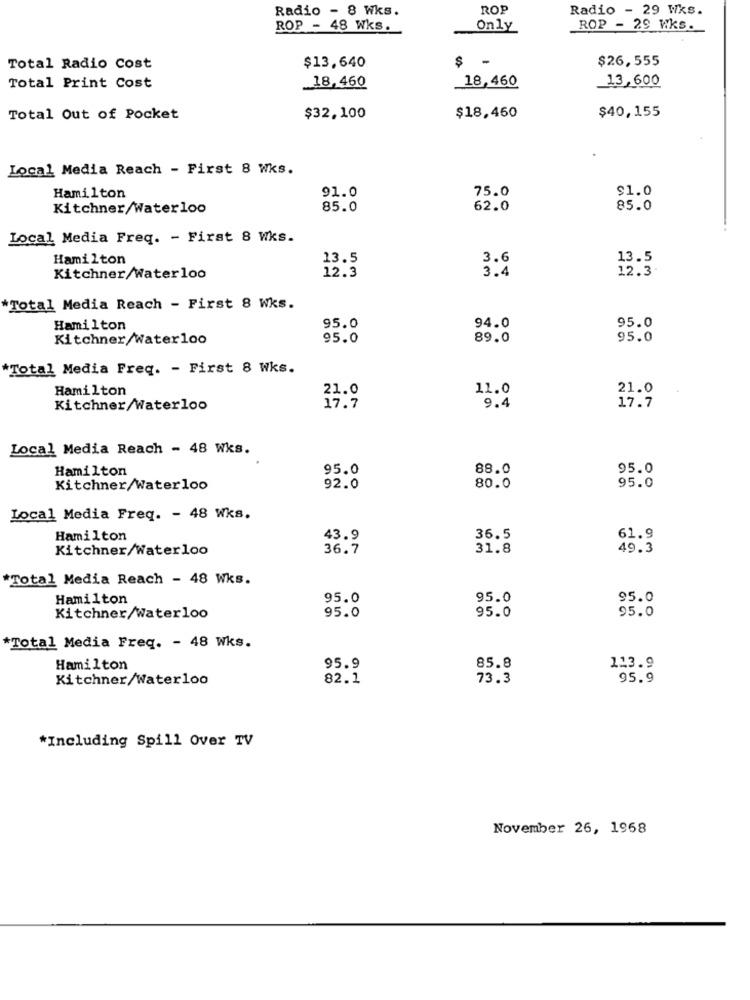
Radio - 8 Wks.
ROP
Radio - 29 Wks.
ROP - 48 Wks.
Only
ROP - 29 Wks.
$ -
$26,555
Total Radio Cost
$13,640
18,460
13, 600
Total Print Cost
18,460
$40,155
Total Out of Pocket
$32,100
$18.460
Local Media Reach - First 8 Wks.
91.0
75.0
$1.0
Hamilton
Kitchner/Waterloo
85.0
62.0
85.0
Local Media Freq. - First 8 Wks.
Hamilton
13.5
3.6
13.5
3.4
12.3
Kitchner/Waterloo
12.3
Total Media Reach - First 8 Wks.
95.0
Hamilton
95.0
94.0
Kitchner/Waterloo
95.0
89.0
95.0
*Total Media Freq. - First 8 Wks.
Hamilton
21.0
11.0
21.0
9.4
17.7
Kitchner/Waterloo
17.7
Local Media Reach - 48 Wks.
Hamilton
95.0
88.0
95.0
95.0
Kitchner/Waterloo
92.0
80.0
Local Media Freq. - 48 Wks.
Hamilton
43.9
36.5
61.9
Kitchner/Waterloo
36.7
31.8
49.3
*Total Media Reach - 48 Wks.
Hamilton
95.0
95.0
95.0
95.0
95.0
Kitchner/Waterloo
95.0
*Total Media Freq. - 48 Wks.
Hamilton
95.9
85.8
113.9
Kitchner/Waterloo
82.1
73.3
95.9
*Including Spill Over TV
November 26, 1968